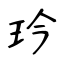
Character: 玪